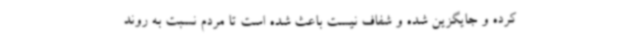
کرده و جایگزین شده و شفاف نیست باعث شده است تا مردم نسبت به روند